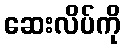
ဆေးလိပ်ကို